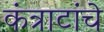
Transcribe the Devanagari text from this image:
कंत्राटांचे